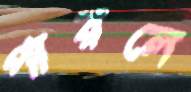
পারলে